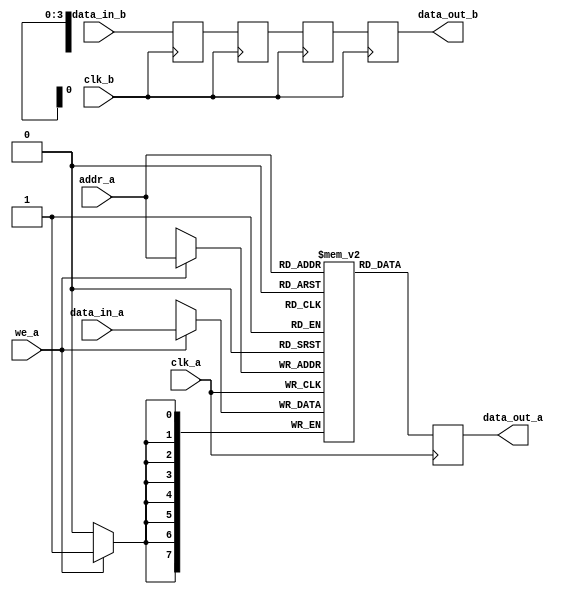
module MemoryBlock #(
    parameter DATA_WIDTH = 8,  // Width of the data
    parameter ADDR_WIDTH = 4,  // Width of the address
    parameter MEM_DEPTH = 1 << ADDR_WIDTH, // Depth of the memory
    parameter DELAY_CYCLES = 3  // Number of cycles for safe delay line
)(
    input wire clk_a,           // Clock for memory access
    input wire clk_b,           // Clock for synchronization
    input wire [ADDR_WIDTH-1:0] addr_a, // Address for memory access
    input wire [DATA_WIDTH-1:0] data_in_a, // Data input for write
    input wire we_a,            // Write enable for memory
    output reg [DATA_WIDTH-1:0] data_out_a, // Data output for read
    input wire data_in_b,       // Data input for synchronization
    output reg data_out_b       // Data output for synchronization
);

    // Memory array
    reg [DATA_WIDTH-1:0] memory [0:MEM_DEPTH-1];

    // Safe Delay Line
    reg [DATA_WIDTH-1:0] delay_line [0:DELAY_CYCLES-1];

    // Write operation
    always @(posedge clk_a) begin
        if (we_a) begin
            memory[addr_a] <= data_in_a; // Write data to memory
        end
        data_out_a <= memory[addr_a]; // Read data from memory
    end

    // Safe Delay Line implementation
    integer i;
    always @(posedge clk_b) begin
        // Shift the delay line
        for (i = DELAY_CYCLES-1; i > 0; i = i - 1) begin
            delay_line[i] <= delay_line[i-1];
        end
        delay_line[0] <= data_in_b; // Capture incoming data

        // Output the last stage of the delay line
        data_out_b <= delay_line[DELAY_CYCLES-1];
    end

endmodule